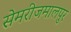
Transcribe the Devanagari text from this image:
सेमरीजमालपुर